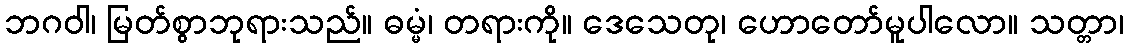
ဘဂဝါ၊ မြတ်စွာဘုရားသည်။ ဓမ္မံ၊ တရားကို။ ဒေသေတု၊ ဟောတော်မူပါလော။ သတ္တာ၊